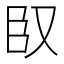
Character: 𮍍